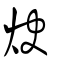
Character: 炔